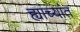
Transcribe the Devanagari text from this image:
ह्यांच्यांत